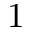
1